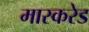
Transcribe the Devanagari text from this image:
मास्करेड